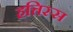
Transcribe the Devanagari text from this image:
हत्तिस्स